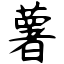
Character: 薯